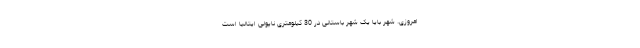
امروزی. شهر بایا یک شهر باستانی در 30 کیلومتری ناپولی ایتالیا است